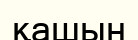
қашын